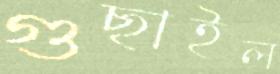
গুছাইল